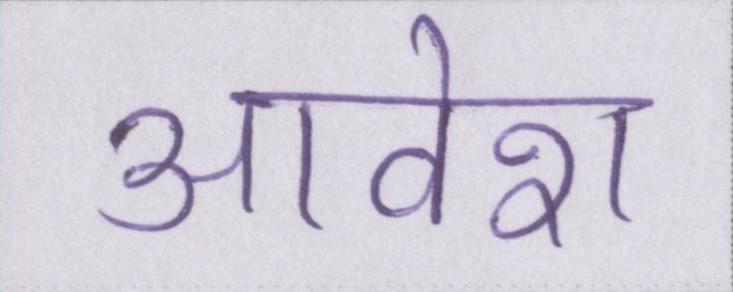
आवेश